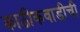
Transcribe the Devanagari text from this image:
काठीकवाडीची